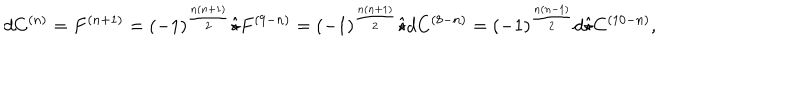
LaTeX: d C ^ { ( n ) } = F ^ { ( n + 1 ) } = ( - 1 ) ^ { \frac { n ( n + 1 ) } { 2 } } \hat { \star } F ^ { ( 9 - n ) } = ( - 1 ) ^ { \frac { n ( n + 1 ) } { 2 } } \hat { \star } d C ^ { ( 8 - n ) } = ( - 1 ) ^ { \frac { n ( n - 1 ) } { 2 } } d \hat { \star } C ^ { ( 1 0 - n ) } ,